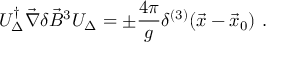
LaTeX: { \cal U } _ { \Delta } ^ { \dagger } \vec { \nabla } \delta \vec { B } ^ { 3 } { \cal U } _ { \Delta } = \pm \frac { 4 \pi } { g } \delta ^ { ( 3 ) } ( \vec { x } - \vec { x } _ { 0 } ) \ .